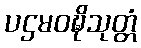
ပဌမဝဍ္ဎိသုတ္တံ